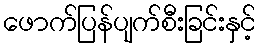
ဖောက်ပြန်ပျက်စီးခြင်းနှင့်